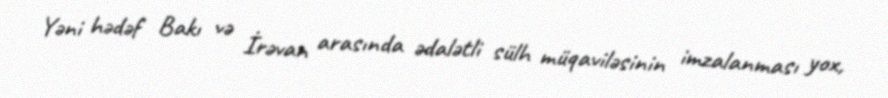
Yəni hədəf Bakı və İrəvan arasında ədalətli sülh müqaviləsinin imzalanması yox,